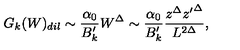
G _ { k } ( W ) _ { d i l } \sim { \frac { \alpha _ { 0 } } { B _ { k } ^ { \prime } } } W ^ { \Delta } \sim { \frac { \alpha _ { 0 } } { B _ { k } ^ { \prime } } } { \frac { z ^ { \Delta } { z ^ { \prime } } ^ { \Delta } } { L ^ { 2 \Delta } } } ,